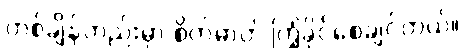
တစ်ချိန်တည်းမှာ စိတ်ဓာတ် ကြံ့ခိုင်စေချင်တယ်။